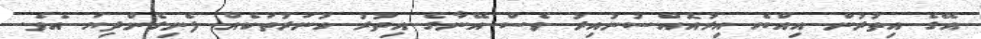
އޭގެ އިތުރުން އިއްޔެ އިރުއޮއްސުނުއިރު ވެސް އޭނާގެ އިތުރު ހުނަރުތަކެއް ފެނިގެންދިޔަ އެވެ.